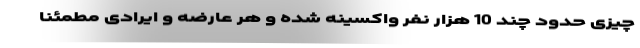
چیزی حدود چند 10 هزار نفر واکسینه شده‌ و هر عارضه و ایرادی مطمئنا